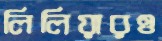
লিলিয়ারও